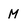
Character: M